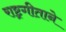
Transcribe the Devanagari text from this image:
राष्ट्रगीताने